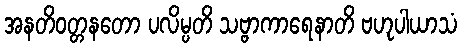
အနတိဝတ္တနတော ပလိမ္ပတိ သဗ္ဗာကာရေနာတိ ဗဟုပါယာသံ